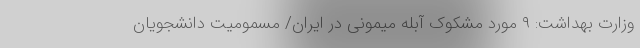
وزارت بهداشت: ۹ مورد مشکوک آبله میمونی در ایران/ مسمومیت دانشجویان